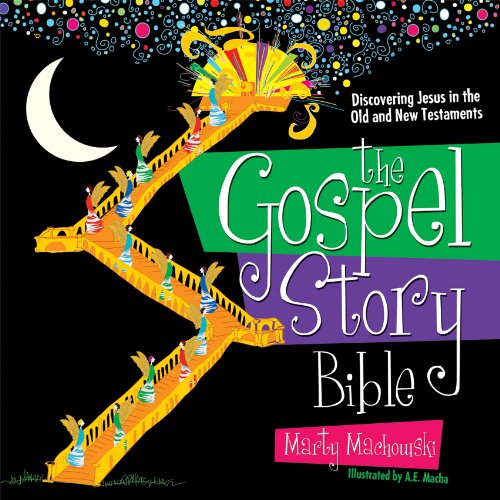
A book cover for The Gospel Story Bible: Discovering Jesus in the Old and New Testaments; Marty Machowski; Christian Books & Bibles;